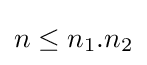
n\leq n_{1}.n_{2}